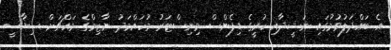
އެ ބައްދަލުވުމުގައި ނަޝީދާއި ކުރީގެ ޑިފެންސް މިނިސްޓަރު މުހައްމަދު ނާޒިމްގެ މައްޗަށް ސިޔާސީ